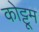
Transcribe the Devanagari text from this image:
कोट्टूम